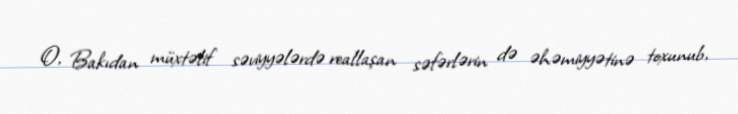
O, Bakıdan müxtəlif səviyyələrdə reallaşan səfərlərin də əhəmiyyətinə toxunub,